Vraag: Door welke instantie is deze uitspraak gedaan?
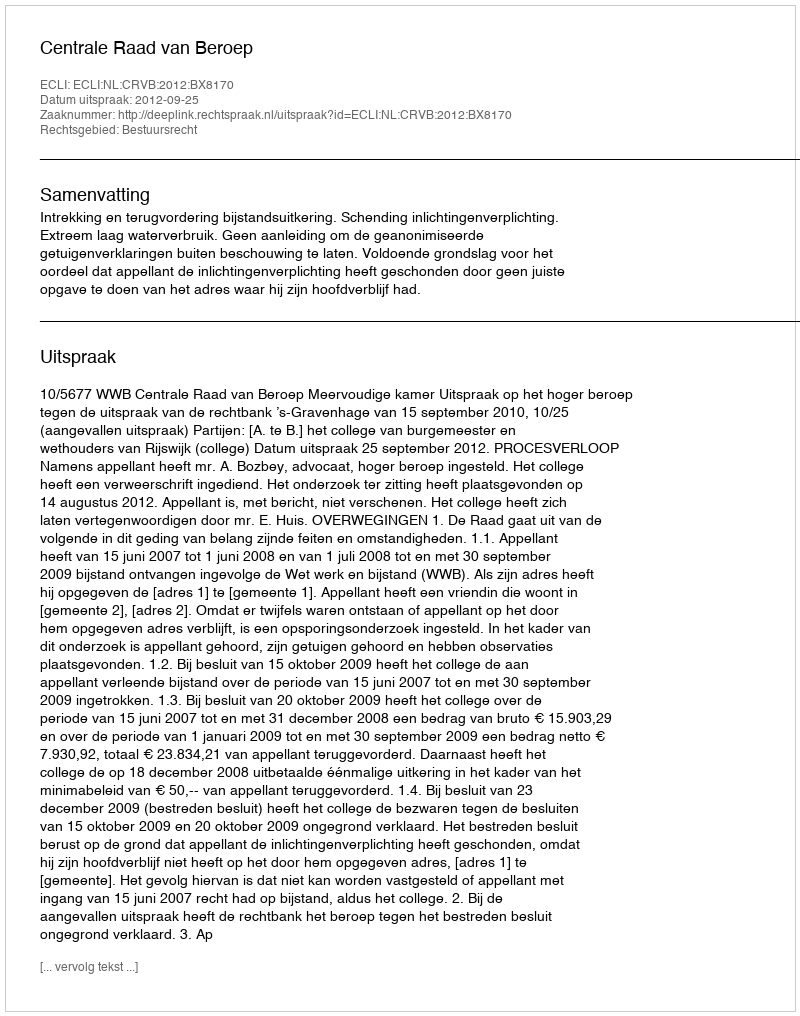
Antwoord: Centrale Raad van Beroep